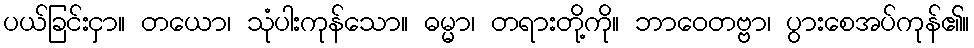
ပယ်ခြင်းငှာ။ တယော၊ သုံပါးကုန်သော။ ဓမ္မာ၊ တရားတို့ကို။ ဘာဝေတဗ္ဗာ၊ ပွားစေအပ်ကုန်၏။